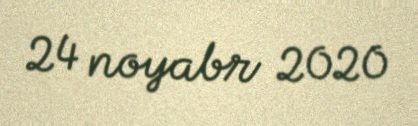
24 noyabr 2020